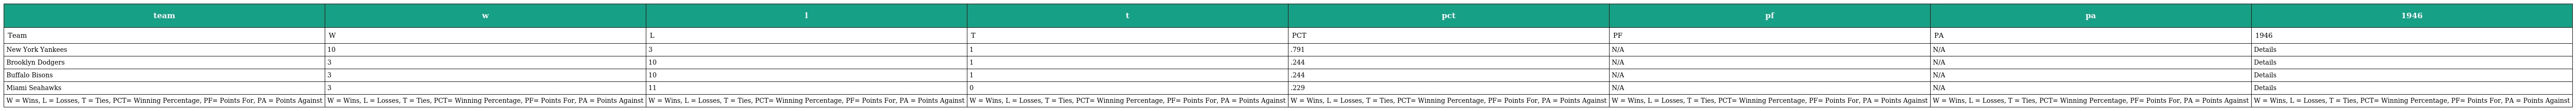
| team | w | l | t | pct | pf | pa | 1946 |
 | --- | --- | --- | --- | --- | --- | --- | --- |
 | Team | W | L | T | PCT | PF | PA | 1946 |
 | New York Yankees | 10 | 3 | 1 | .791 | N/A | N/A | Details |
 | Brooklyn Dodgers | 3 | 10 | 1 | .244 | N/A | N/A | Details |
 | Buffalo Bisons | 3 | 10 | 1 | .244 | N/A | N/A | Details |
 | Miami Seahawks | 3 | 11 | 0 | .229 | N/A | N/A | Details |
 | W = Wins, L = Losses, T = Ties, PCT= Winning Percentage, PF= Points For, PA = Points Against | W = Wins, L = Losses, T = Ties, PCT= Winning Percentage, PF= Points For, PA = Points Against | W = Wins, L = Losses, T = Ties, PCT= Winning Percentage, PF= Points For, PA = Points Against | W = Wins, L = Losses, T = Ties, PCT= Winning Percentage, PF= Points For, PA = Points Against | W = Wins, L = Losses, T = Ties, PCT= Winning Percentage, PF= Points For, PA = Points Against | W = Wins, L = Losses, T = Ties, PCT= Winning Percentage, PF= Points For, PA = Points Against | W = Wins, L = Losses, T = Ties, PCT= Winning Percentage, PF= Points For, PA = Points Against | W = Wins, L = Losses, T = Ties, PCT= Winning Percentage, PF= Points For, PA = Points Against |